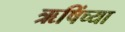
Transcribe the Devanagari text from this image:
ऋषिंच्या